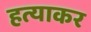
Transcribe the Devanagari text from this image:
हत्याकर